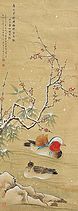
叶开随足影，花多助重条。